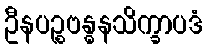
ဦနပဉ္စဗန္ဓနသိက္ခာပဒံ